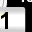
Digit: 1